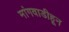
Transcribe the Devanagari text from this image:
मांगवाडीहून